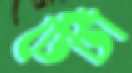
টেঁটা